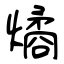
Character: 燏